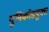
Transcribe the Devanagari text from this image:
युनिकोडयुक्त